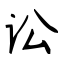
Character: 讼